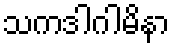
သကဒါဂါမိနာ